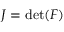
J = \operatorname* { d e t } ( \boldsymbol { F } )